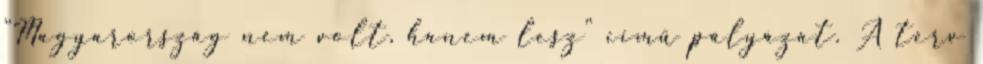
"Magyarország nem volt, hanem lesz" című pályázat. A terv